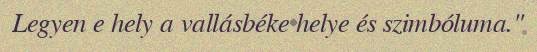
Legyen e hely a vallásbéke helye és szimbóluma."